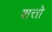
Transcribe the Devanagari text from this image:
शत्तो